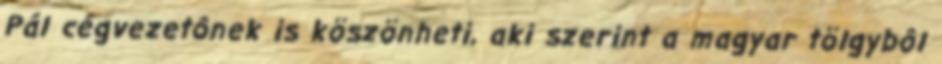
Pál cégvezetônek is köszönheti, aki szerint a magyar tölgybôl